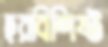
হরবিশিষ্ট